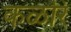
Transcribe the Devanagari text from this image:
कळरि